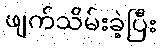
ဖျက်သိမ်းခဲ့ပြီး